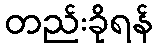
တည်းခိုရန်